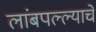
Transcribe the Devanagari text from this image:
लांबपल्ल्याचे